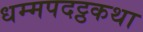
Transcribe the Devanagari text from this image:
धम्मपदट्ठकथा